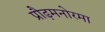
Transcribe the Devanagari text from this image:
प्रौढ़मनोरमा